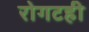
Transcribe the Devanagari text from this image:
रोगटही